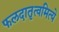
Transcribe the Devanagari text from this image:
फलदातृत्वमित्ये